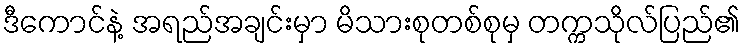
ဒီကောင်နဲ့ အရည်အချင်းမှာ မိသားစုတစ်စုမှ တက္ကသိုလ်ပြည်၏